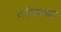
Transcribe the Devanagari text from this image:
वर्गसंघर्षास